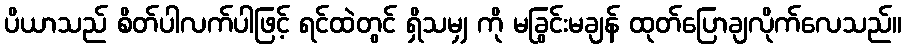
ပိယာသည် စိတ်ပါလက်ပါဖြင့် ရင်ထဲတွင် ရှိသမျှ ကို မခြွင်းမချန် ထုတ်ပြောချလိုက်လေသည်။